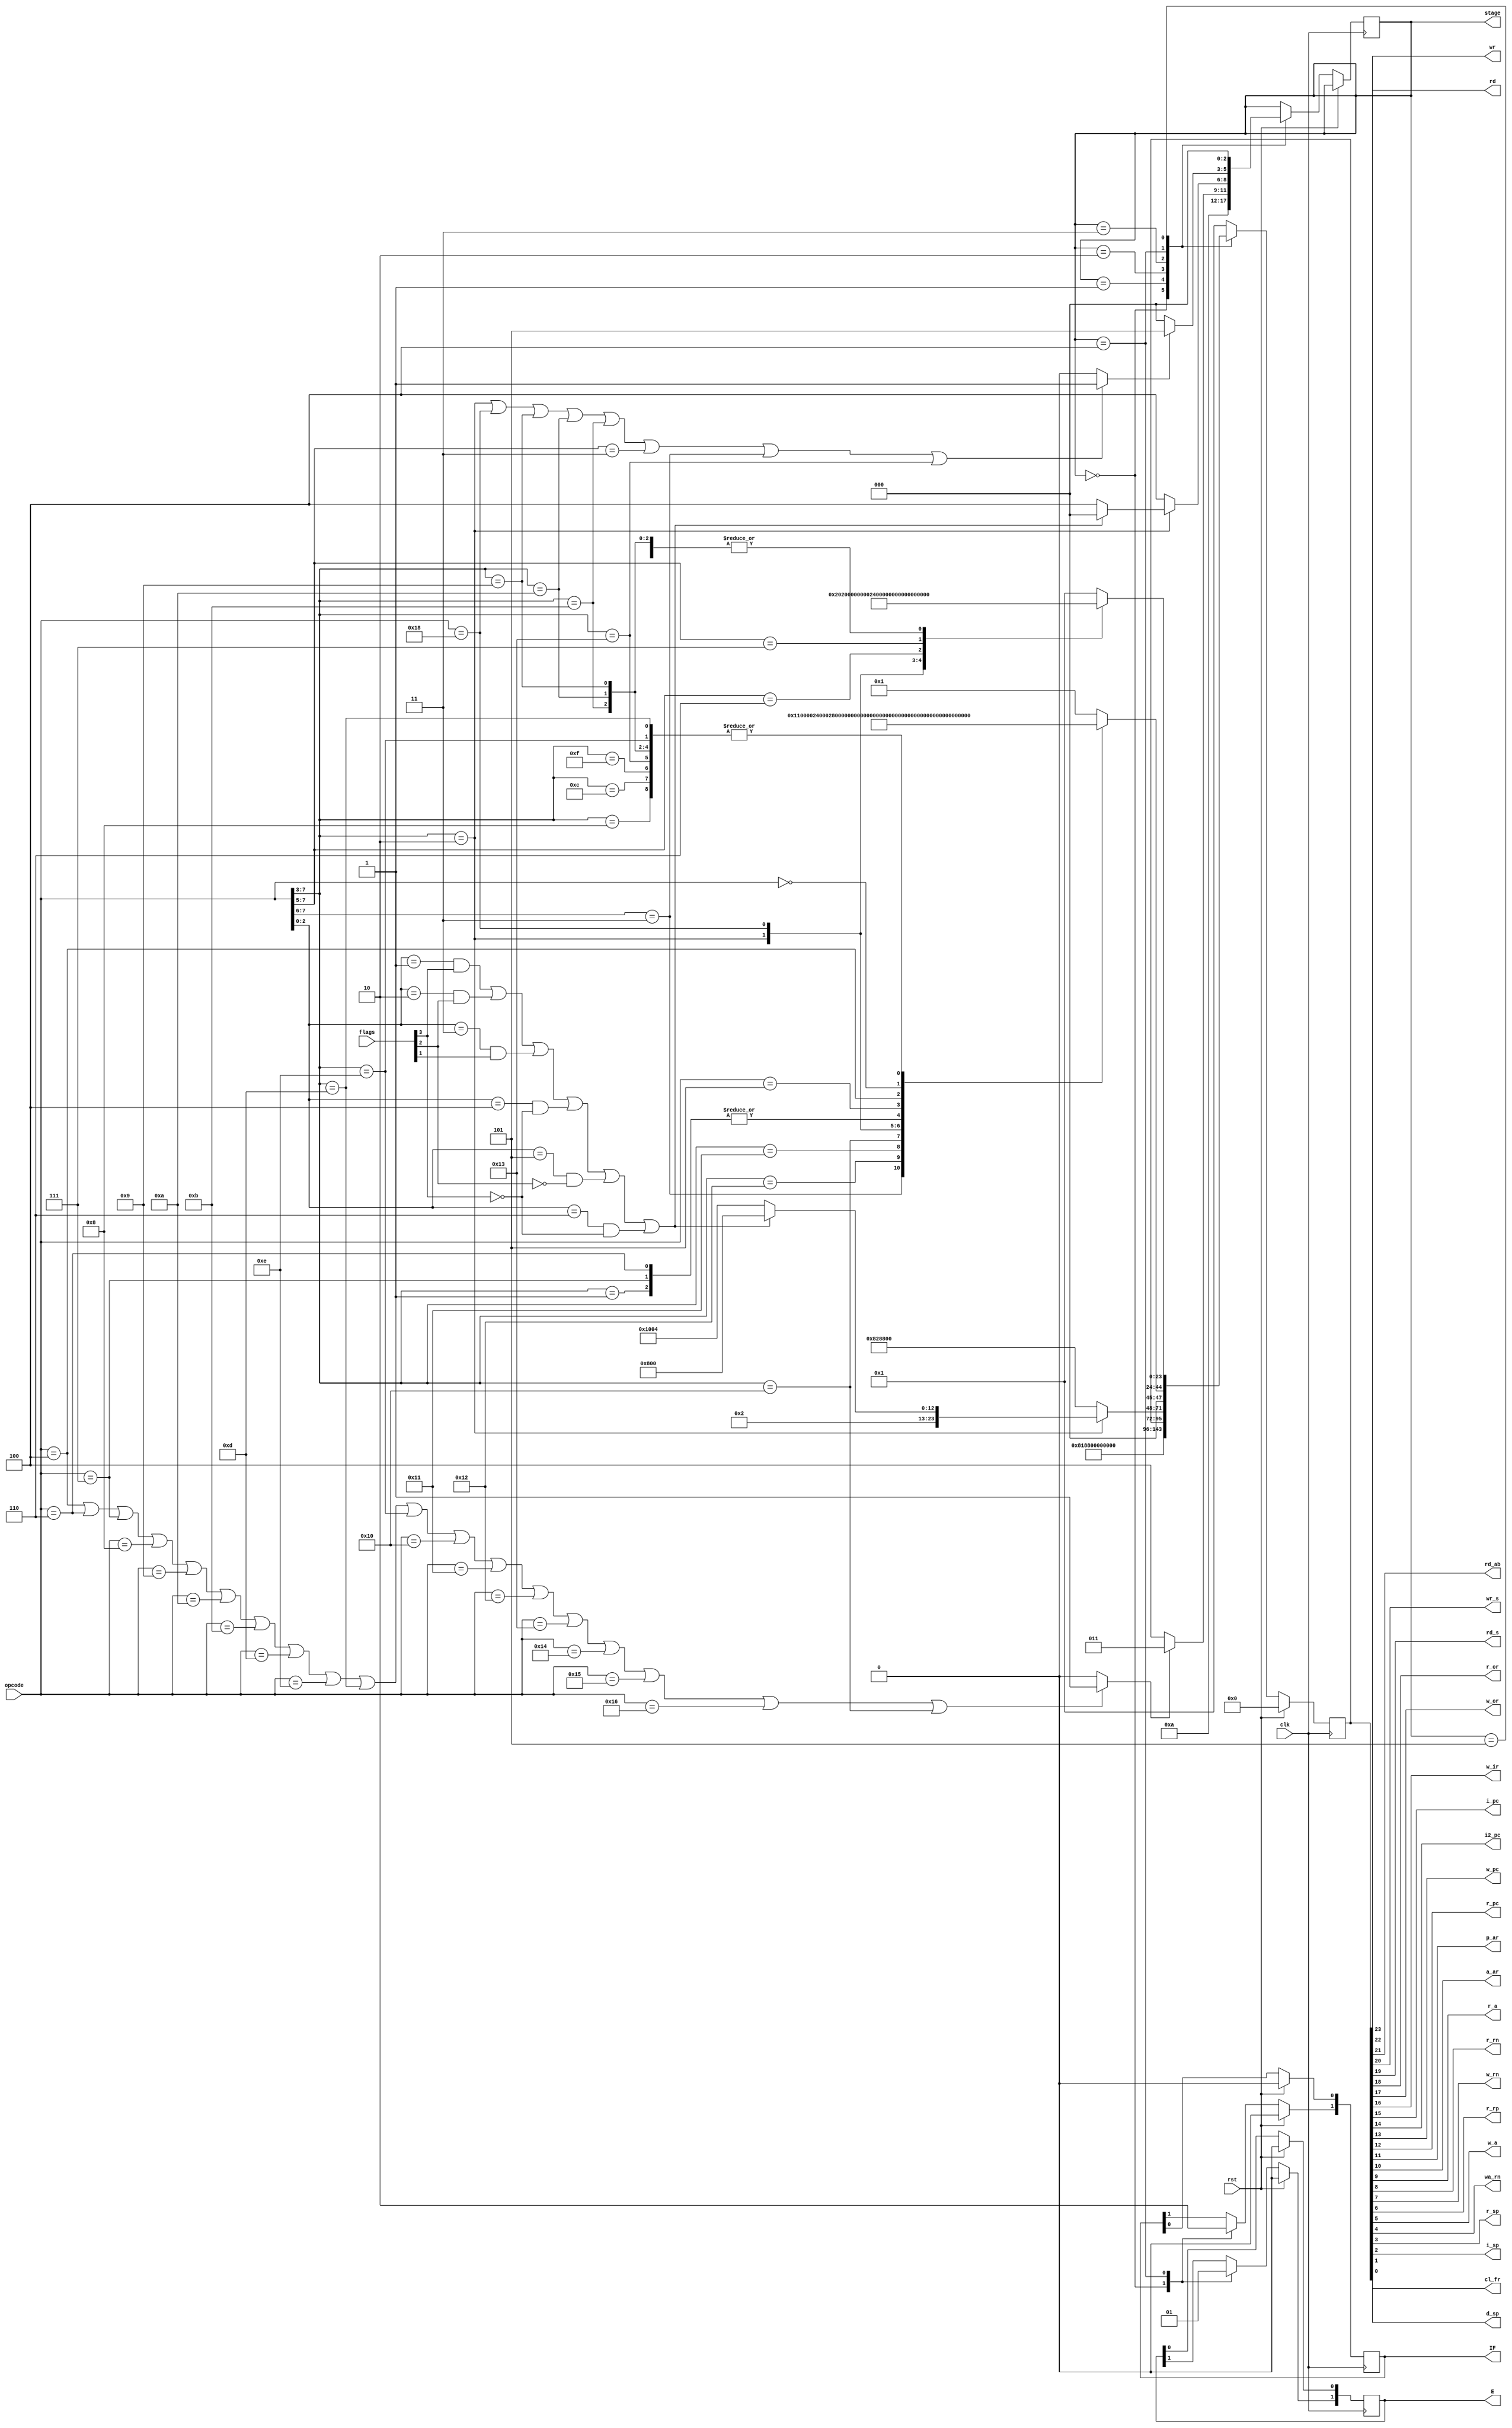
`timescale 1ns / 1ps
//////////////////////////////////////////////////////////////////////////////////
/*
* Copyright (c) 2023, Shiv Nadar University, Delhi NCR, India. All Rights
* Reserved. Permission to use, copy, modify and distribute this software for
* educational, research, and not-for-profit purposes, without fee and without a
* signed license agreement, is hereby granted, provided that this paragraph and
* the following two paragraphs appear in all copies, modifications, and
* distributions.
*
* IN NO EVENT SHALL SHIV NADAR UNIVERSITY BE LIABLE TO ANY PARTY FOR DIRECT,
* INDIRECT, SPECIAL, INCIDENTAL, OR CONSEQUENTIAL DAMAGES, INCLUDING LOST
* PROFITS, ARISING OUT OF THE USE OF THIS SOFTWARE.
*
* SHIV NADAR UNIVERSITY SPECIFICALLY DISCLAIMS ANY WARRANTIES, INCLUDING, BUT
* NOT LIMITED TO, THE IMPLIED WARRANTIES OF MERCHANTABILITY AND FITNESS FOR A
* PARTICULAR PURPOSE. THE SOFTWARE PROVIDED HEREUNDER IS PROVIDED "AS IS". SHIV
* NADAR UNIVERSITY HAS NO OBLIGATION TO PROVIDE MAINTENANCE, SUPPORT, UPDATES,
* ENHANCEMENTS, OR MODIFICATIONS.
* Revision History:
*            Date                       By                                Change Notes
* ----------------------- ---------------------- ------------------------------------------
*  8th October 2023         Aditi Sharma             #control bits changed
*   
*  13th October 2023        Aditi Sharma             Changed logic for 'stage'
*                                      
*  3rd November 2023        Aditi Sharma             Attempt to move the complexity of 
*                                                    register array to control unit
*
*  7th November 2023        Aditi Sharma             Control signals added for remaining        
*                           Devyam Seal              instructions
*
*  8th November 2023        Aditi Sharma             'Case' statements changed to 'casex'
*
*  20th February 2024       Aditi Sharma             Operand fetch and second execution 
*                                                    cycle decisions were made asynchronous
*  
*  2nd April 2024           Aditi Sharma             rst shifed inside always block 
*                                                    to prevent concurrent assignment
*/
//////////////////////////////////////////////////////////////////////////////////


module ControlUnit(rd, wr, rd_ab, wr_s, rd_s,r_or, w_or, 
                   w_ir,i_pc, i2_pc, w_pc, r_pc,p_ar, a_ar,r_a, r_rn, w_rn, 
                   r_rp, w_a, wa_rn, r_sp, i_sp, d_sp, cl_fr, E, IF, clk, opcode, rst, flags, stage);


function [23:0] setBits; // Creating a function to set control bits 
    input integer a, b, c, d; 
        begin 
            setBits = 24'b0;
            
            setBits[a] = 1'b1;
            setBits[b] = 1'b1;
            setBits[c] = 1'b1;
            setBits[d] = 1'b1;
        end
endfunction
    
       
input clk;
input [3:0] flags;
input [7:0] opcode;
output rd, wr, rd_ab, wr_s, rd_s; // memory
output r_or, w_or; // operand register
output w_ir; // instruction register
output i_pc, i2_pc, w_pc, r_pc; // program counter
output p_ar, a_ar; //address register
output r_a, w_a, wa_rn;//register array
output r_rn, w_rn;
output r_rp;
output r_sp, i_sp, d_sp;//stack pointer
output reg [1:0] E, IF;//control unit
output cl_fr;
input rst;
wire fch, ex;

output reg [2:0] stage;
reg [23:0] cb;
//reg [3:0] flagscu;

parameter [2:0] s0=3'b000; // IF state
parameter [2:0] s05=3'b001; // Operand Fetch
parameter [2:0] s052=3'b010; // State delay
parameter [2:0] s1=3'b011; // State delay
parameter [2:0] s2=3'b100; // Execute State 1
parameter [2:0] s3=3'b101; // Execute State 2


     
  assign {rd, wr, rd_ab, wr_s, rd_s,r_or, w_or,w_ir,i_pc, i2_pc, w_pc,
     r_pc,p_ar, a_ar,r_a, r_rn, w_rn, r_rp, w_a, wa_rn, r_sp, i_sp,
     d_sp, cl_fr} = cb; // Assigning values to signals based on 'cb' 
        
     
 
 

initial
begin
    stage = 2'b00;
    cb <= 24'b000000000000000000000000;
end

// value of fch changes based on whether the instruction requires operand fetch
assign fch = ( (opcode == 8'b00000100) || (opcode == 8'b00000110) || (opcode == 8'b00000111) ||  
               (opcode == 8'b00001000) || (opcode == 8'b00001001) || (opcode == 8'b00001010) || 
               (opcode == 8'b00001011) || (opcode == 8'b00001101) || (opcode == 8'b00001110) || 
               (opcode[7:3] == 5'b01101) || (opcode[7:3] == 5'b01110) || (opcode == 8'b00010000) ||  
               (opcode == 8'b00010001) ||  (opcode ==8'b00010010) ||  (opcode == 8'b00010011) ||
               (opcode == 8'b00010100) || (opcode == 8'b00010101) ||  (opcode == 8'b00010110) ||  
               (opcode[7:3] == 5'b10000))? (1'b1) : 1'b0 ; 
               
// value of ex changes based on whether the instruction requires a second execution cycle                         
assign ex = ( (opcode[7:3] == 5'b00010) || (opcode == 8'b00011000) || (opcode[7:3] == 5'b01001) || 
              (opcode[7:3] == 5'b01010) || (opcode[7:3] == 5'b01011) || (opcode[7:5] == 3'b011) || 
              (opcode[7:6] == 2'b11) || (opcode[7:3] == 5'b10011))? 1'b1 : 1'b0 ;                         
                         
/*always @(posedge clk)
begin

    casex (opcode)
        8'b00000100: IF[0] <= 1'b1;
        8'b00000110: IF[0] <= 1'b1;
        8'b00000111: IF[0] <= 1'b1;
        8'b00001000: IF[0] <= 1'b1;
        8'b00001001: IF[0] <= 1'b1;
        8'b00001010: IF[0] <= 1'b1;
        8'b00001011: IF[0] <= 1'b1;
        8'b00001101: IF[0] <= 1'b1;
        8'b00001110: IF[0] <= 1'b1;
        8'b01101XXX: IF[0] <= 1'b1;
        8'b01110XXX: IF[0] <= 1'b1;
        8'b00010000: IF[0] <= 1'b1;
        8'b00010001: IF[0] <= 1'b1;
        8'b00010010: IF[0] <= 1'b1;
        8'b00010011: IF[0] <= 1'b1;
        8'b00010100: IF[0] <= 1'b1;
        8'b00010101: IF[0] <= 1'b1;
        8'b00010110: IF[0] <= 1'b1;
        8'b10000XXX: IF[0] <= 1'b1;
        default: IF[0] <= 1'b0; 
    endcase 

    casex (opcode)
        8'b00010XXX: E[0] <= 1'b1;
        8'b00011000: E[0] <= 1'b1;
        8'b01001XXX: E[0] <= 1'b1;
        8'b01010XXX: E[0] <= 1'b1;
        8'b01011XXX: E[0] <= 1'b1;
        8'b011XXXXX: E[0] <= 1'b1;
        8'b11XXXXXX: E[0] <= 1'b1;
        default: E[0] <= 1'b0;
    endcase       

end */


// can be put in the other 'always' block
/*always @(posedge clk)
  begin   
    if(rst == 1'b1)
    begin
        cb <= 0;
        E <= 0;
        IF <= 0;
    end 
  end  */
  
  
always @(posedge clk)
begin  
    /*$monitor("%t, stage = %b" , $time, stage);
    $monitor("%t, opcode = %b" , $time, opcode);
    $monitor("%t, IF[0] = %b" , $time, fch);
    $monitor("%t, cb = %b " ,$time, cb);
    $monitor("%t, icontrol_pc = %b " ,$time, i_pc);*/
      
    /*if(rst == 1'b1)
    begin
        cb <= 0;
        E <= 0;
        IF <= 0;
    end */
    // main logic of the control unit
    if(rst == 1'b0)
    begin
    
        case (stage)
        s0: 
            
            begin
        
          
                IF[1] <= 1'b1;
                E[1] <= 1'b0;
           // cb = 24'b100000011000100000000000;
                cb <= setBits(11,15,16,23);
      
                stage <= s05;   
            end 
        
        s05: // extra clock cycle for fch & ex to change with IR
            begin 
                stage <= s052;
                cb <= 0;
            end        
            
        s052: // clock cycle for decisions
            begin
                    if(fch == 1)
                        stage <= s1;
                    else
                        stage <= s2;
            end           
                         
    /* s1: 
        begin
           if(opcode[7:3] == 5'b00010) //checking if conditions for jump are satisfied. If no, I2PC and move on to next instruction
           begin
                if((opcode[2:0] == 3'b001) && flags[3] == 1'b1 )
                begin
                    //cb = 24'b000000000100100000000000;
                    cb <= setBits(11,14,14,14); 
                    stage <= 2'b00; 
                end    
                else if(opcode[2:0] == 3'b010 && flags[2] == 1'b1 )
                begin
                    cb <= setBits(11,14,14,14);  
                    stage <= 2'b00;  
                end
                else if(opcode[2:0] == 3'b011 && flags[1] == 1'b1 )
                begin
                    cb <= setBits(11,14,14,14); 
                    stage <= 2'b00; 
                end
                else if(opcode[2:0] == 3'b100 && flags[3] == 1'b0 )
                begin
                    cb <= setBits(11,14,14,14); 
                    stage <= 2'b00; 
                end
                else if(opcode[2:0] == 3'b101 && flags[2] == 1'b0 )
                begin
                    cb <= setBits(11,14,14,14); 
                    stage <= 2'b00; 
                end
                else if(opcode[2:0] == 3'b110 && flags[3] == 1'b0 )
                begin
                    cb <=  setBits(11,14,14,14); 
                    stage <= 2'b00; 
                end
                
                else 
                begin
                    //cb = 24'b000000000100100000000100;
                      cb <= setBits(2,12,14,14); // if condition satisfied, ISP with I2PC
                    stage <= s2;
                end    
          end                            
                    
          else 
          begin
             //cb = 24'b100000101000100000000000; // Normal operand fetch,
             cb <= setBits(11,15,17,23); //pcar, ipc, wor, rd
             stage <= s2;
          end           
        end */
        
            s1: 
            begin
            if (opcode[7:3] == 5'b00010) //checking if conditions for jump are satisfied. If no, I2PC and move on to next instruction
            begin
                    if (((opcode[2:0] == 3'b001) && (flags[3] == 1'b1)) || ((opcode[2:0] == 3'b010) && (flags[2] == 1'b1)) || ((opcode[2:0] == 3'b011) && (flags[1] == 1'b1)) ||
                        ((opcode[2:0] == 3'b100) && (flags[3] == 1'b0)) || ((opcode[2:0] == 3'b101) && (flags[2] == 1'b0)) || ((opcode[2:0] == 3'b110) && (flags[3] == 1'b0)) )
                    begin
                    //cb = 24'b000000000100100000000000;
                        cb <= setBits(11,14,14,14); 
                        stage <= 2'b00; 
                    end   
                    else
                    begin
                    //cb = 24'b000000000100100000000100;
                        cb <= setBits(2,12,14,14); // if condition satisfied, ISP with I2PC
                        stage <= s2;
                    end    
            end                            
                    
            else 
            begin
             //cb = 24'b100000101000100000000000; // Normal operand fetch,
                cb <= setBits(11,15,17,23);
                stage <= s2;
            end           
            end
         s2: 
            begin 
    
            E[1] <= 1'b1;
            IF[1] <= 1'b0;
        
                casex(opcode)
                // 8'b11xxxxxx : cb <= {15'b0, r_rn, w_rn, r_rp, 6'b0}  ;
                    8'b11XXXXXX : cb <= setBits(6,10,10,10); 
                //cb <= 24'b000000000000010001000000; //both two register functions
                    8'b10010XXX : cb <= setBits(5,8,8,8); //**Shift 5 to next stage
                //cb <= 24'b000000000000000100100000;
                    8'b10001XXX : cb <= setBits(7,9,9,9);
                //cb <= 24'b000000000000001010000000;
                    8'b10000XXX : cb <= setBits(7,18,18,18);
                //cb <= 24'b000001000000000010000000; 
                    8'b01000XXX : cb <= setBits(8,8,8,8); 
                //cb <= 24'b000000000000000100000000;
                    8'b01001XXX : cb <= setBits(8,8,8,8);
                //cb <= 24'b000000000000000100000000;
                    8'b01010XXX : cb <= setBits(8,8,8,8); 
                //cb <= 24'b000000000000000100000000;
                    8'b01011XXX : cb <= setBits(8,8,8,8); 
                //cb <= 24'b000000000000000100000000;
                    8'b01100XXX : cb <= setBits(8,8,8,8); 
                //cb <= 24'b000000000000000100000000;
                    8'b01101XXX : cb <= setBits(8,8,8,8); 
                //cb <= 24'b000000000000000100000000;
                    8'b01110XXX : cb <= setBits(8,8,8,8); 
                //cb <= 24'b000000000000000100000000;
                    8'b01111XXX : cb <= setBits(8,8,8,8); 
                //cb <= 24'b000000000000000100000000;
                    8'b00010XXX : cb <= setBits(20,12,12,12); 
                //cb <= 24'b000100000001000000000000; // all jump instructions no return
                    8'b00011000 : cb <= setBits(13,19,19,19); 
                //cb <= 24'b000010000010000000000000;
                    8'b00001XXX : cb <= setBits(5,5,5,5); 
                //cb <= 24'b000000000000000000100000;
                    8'b00000111 : cb <= setBits(5,5,5,5);
                //cb <= 24'b000000000000000000100000;
                    8'b00000110 : cb <= setBits(5,5,5,5);
                //cb <= 24'b000000000000000000100000;
                    8'b00000101 : cb <= setBits(9,17,17,17);
                //cb <= 24'b000000100000001000000000;
                    8'b00000100 : cb <= setBits(5,18,18,18); 
                //cb <= 24'b000001000000000000100000;
                    8'b00000011 : cb <= setBits(0,0,0,0); 
                //cb <= 24'b000000000000000000000001;
                    8'b00000000 : cb <= setBits(4,4,4,4);
                //cb <= 24'b000000000000000000010000;
                    8'b10011XXX : cb <= setBits(8,8,8,8);
                
                    default: cb <= setBits(0,0,0,0);
            endcase     
          
            if(ex == 1'b1)
            begin
               stage <= s3;
            end
           
            else
            begin 
                stage <= 2'b00;
            end  
          
            end     
                    
        s3: 
            begin
            
                casex (opcode)
            
                    8'b00010XXX : cb <= setBits(13,21,21,21); 
                //cb <= 24'b001000000010000000000000;
                    8'b00011000 : cb <= setBits(1,1,1,1);
                //cb <= 24'b000000000000000000000010;
                    8'b01001XXX : cb <= setBits(7,7,7,7); 
                //cb <= 24'b000000000000000010000000;
                    8'b01010XXX : cb <= setBits(7,7,7,7);
                //cb <= 24'b000000000000000010000000;
                    8'b01011XXX : cb <= setBits(7,7,7,7); 
                //cb <= 24'b000000000000000010000000;
                    8'b011XXXXX : cb <= setBits(7,7,7,7); 
                //cb <= 24'b000000000000000010000000;
                    8'b110XXXXX : cb <= setBits(22,9,9,9);
                //cb <= 24'b010000000000001000000000;
                    8'b111XXXXX : cb <= setBits(23,5,5,5);
                //cb <= 24'b100000000000000000100000;
                    8'b10011XXX : cb <= setBits(7,7,7,7);
              
                    default : cb <= setBits(0,0,0,0);
                endcase
            
                stage <= 2'b00;
            
            
        end   
       
        default : cb <= setBits(0,0,0,0); 
        endcase  
     end
     
     else if(rst == 1'b1)
     begin
        cb <= 0;
        E <= 0;
        IF <= 0;
     end
        
  end          

endmodule